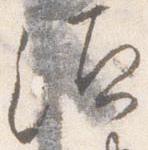
須